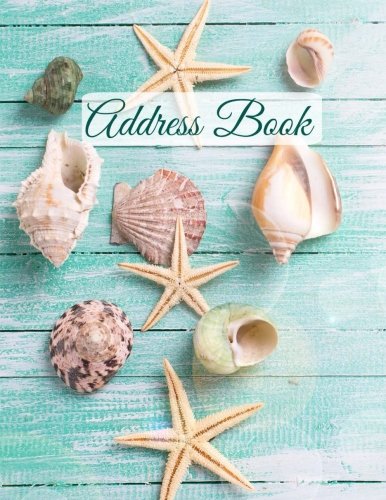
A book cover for Address Book (Extra Large Paperback Address Books-Summer Series) (Volume 77); Creative Planners; Business & Money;